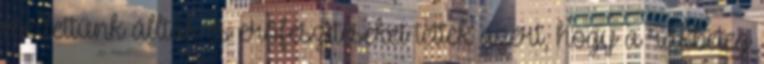
mellettünk álltak és erőfeszítéseket tettek azért, hogy a rákbeteg